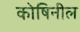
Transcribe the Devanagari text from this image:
कोषिनील